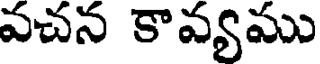
వచన కావ్యము